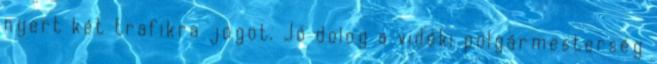
nyert két trafikra jogot. Jó dolog a vidéki polgármesterség